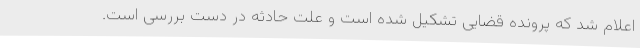
اعلام شد که پرونده قضایی تشکیل شده است و علت حادثه در دست بررسی است.